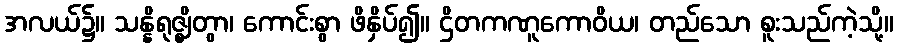
အလယ်၌။ သန္နိရုဇ္ဈိတွာ၊ ကောင်းစွာ ဖိနှိပ်၍။ ဌိတကဏူကောဝိယ၊ တည်သော စူးသည်ကဲ့သို့။